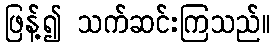
ဖြန့်၍ သက်ဆင်းကြသည်။